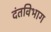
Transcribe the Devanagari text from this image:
दंतविभाग